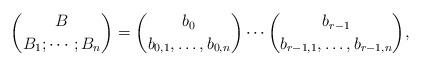
LaTeX: \begin{align*}\binom{B}{B_1;\cdots;B_n} = \binom{b_0}{b_{0,1},\dots,b_{0,n}}\cdots\binom{b_{r-1}}{b_{r-1,1},\ldots,b_{r-1,n}}, \end{align*}